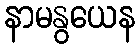
နာမနွယေန